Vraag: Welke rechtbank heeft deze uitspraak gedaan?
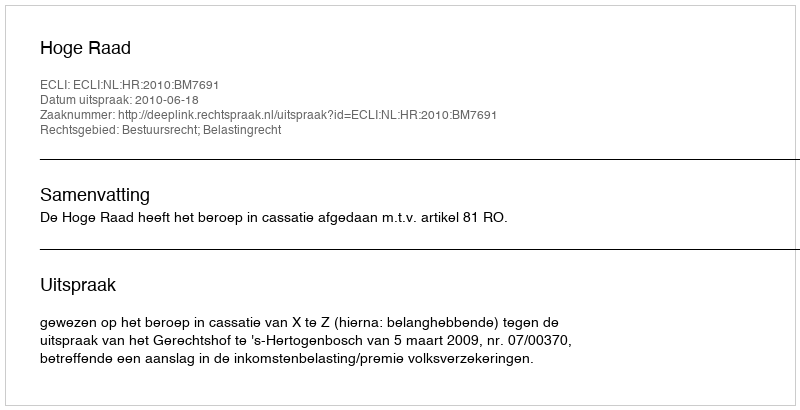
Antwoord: Hoge Raad